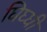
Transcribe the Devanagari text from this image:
घिघ्घी